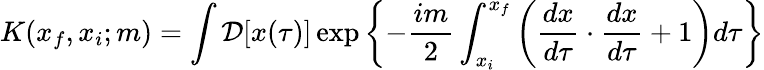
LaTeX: K(x_{f},x_{i};m)=\int{\cal D}[x(\tau)]\exp\left\{ -\frac{im}{2}\int_{x_{i}}^{x_{f}}\left(\frac{dx}{d\tau}\cdot\frac{dx}{d\tau}+1\right)d\tau\right\}